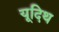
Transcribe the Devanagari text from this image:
यूदिथ